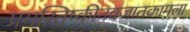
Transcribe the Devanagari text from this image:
प्रमस्तिष्कीनवजातकामला